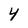
Character: 4